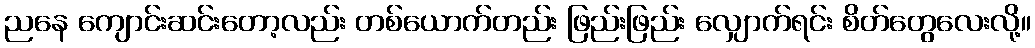
ညနေ ကျောင်းဆင်းတော့လည်း တစ်ယောက်တည်း ဖြည်းဖြည်း လျှောက်ရင်း စိတ်တွေလေးလို့။